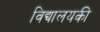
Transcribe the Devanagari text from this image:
विद्यालयकी